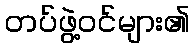
တပ်ဖွဲ့ဝင်များ၏